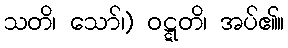
သတိ၊ သော်၊) ဝဋ္ဋတိ၊ အပ်၏။